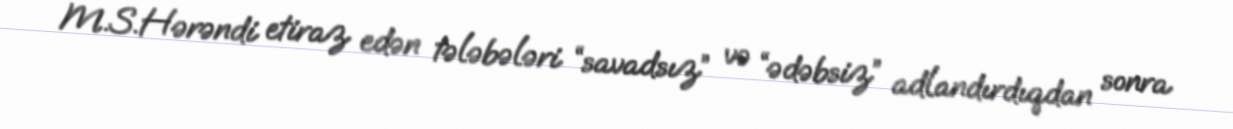
M.S.Hərəndi etiraz edən tələbələri “savadsız” və “ədəbsiz” adlandırdıqdan sonra